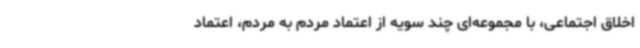
اخلاق اجتماعی، با مجموعه‌ای چند سویه از اعتماد مردم به مردم، اعتماد